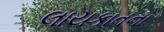
લાયકાતનો